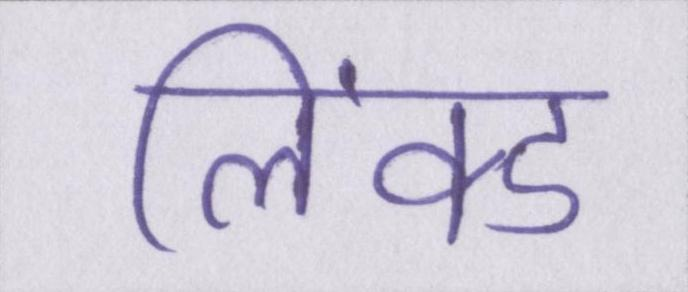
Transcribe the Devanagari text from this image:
लिंक्ड